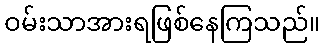
ဝမ်းသာအားရဖြစ်နေကြသည်။